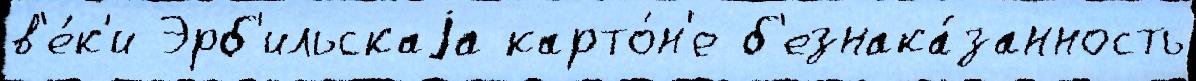
в'е́к'и Эрб'ильскаjа карто́н'е б'езнака́занность